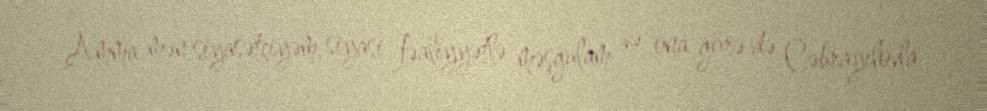
Amma mən siyasətçiyəm, siyasi fəaliyyətlə məşğulam və ona görə də Cəbrayılovla